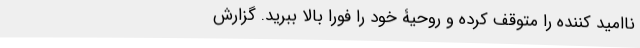
ناامید کننده را متوقف کرده و روحیۀ خود را فورا بالا ببرید. گزارش